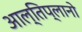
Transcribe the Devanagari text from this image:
आल्तिप्लानो